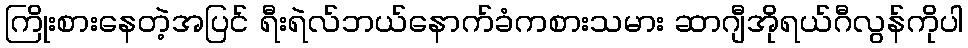
ကြိုးစားနေတဲ့အပြင် ရီးရဲလ်ဘယ်နောက်ခံကစားသမား ဆာဂျီအိုရယ်ဂီလွန်ကိုပါ